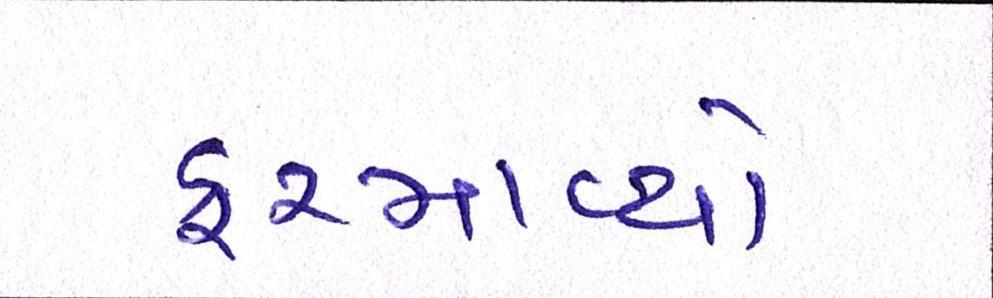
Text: ફરમાવ્યો